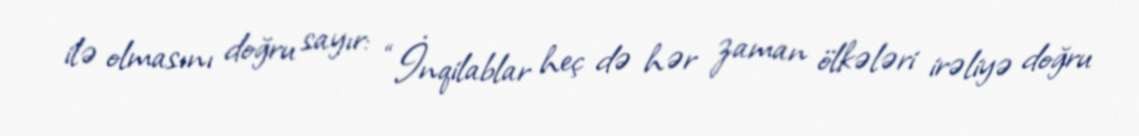
ilə olmasını doğru sayır: “İnqilablar heç də hər zaman ölkələri irəliyə doğru